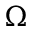
\Omega